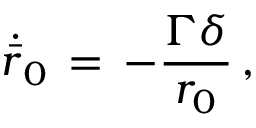
\dot { \bar { r } } _ { 0 } \, = \, - \frac { \Gamma \delta } { r _ { 0 } } \, ,